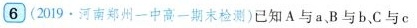
6(2019.河南郑州一中高一期末检测)已知A与a、B与b、C与c